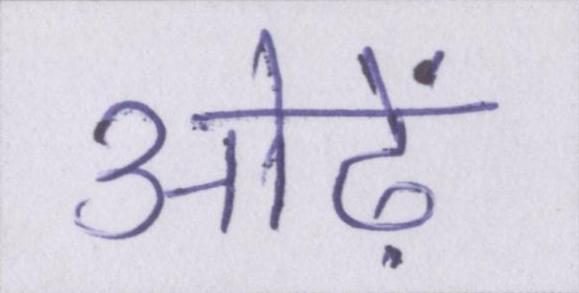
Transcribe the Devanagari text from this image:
ओढ़ें